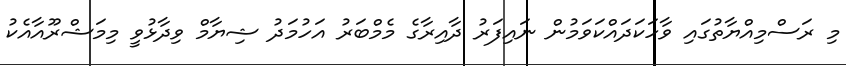
މި ރަސްމިއްޔާތުގައި ވާހަކަދައްކަވަމުން ނައިފަރު ދާއިރާގެ މެމްބަރު އަހުމަދު ޝިޔާމް ވިދާޅުވީ މިމަޝްރޫއާއެކު